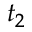
t _ { 2 }